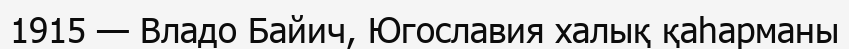
1915 — Владо Байич, Югославия халық қаһарманы